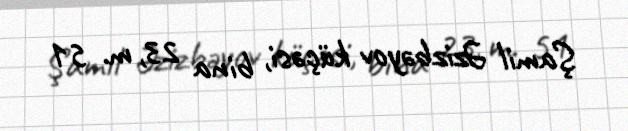
Şamil Əzizbəyov küçəsi, bina 23, m. 51